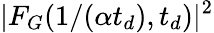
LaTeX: |F_{G}(1/(\alpha t_{d}),t_{d})|^{2}